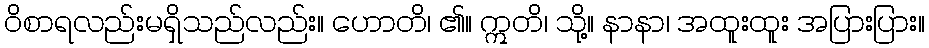
ဝိစာရလည်းမရှိသည်လည်း။ ဟောတိ၊ ၏။ ဣတိ၊ သို့။ နာနာ၊ အထူးထူး အပြားပြား။